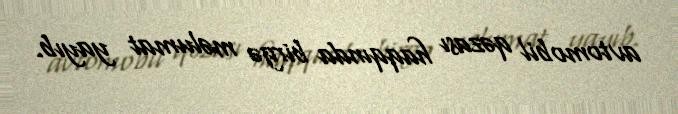
avtomobil qəzası haqqında birgə məlumat yayıb.